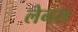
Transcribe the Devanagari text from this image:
लेनस